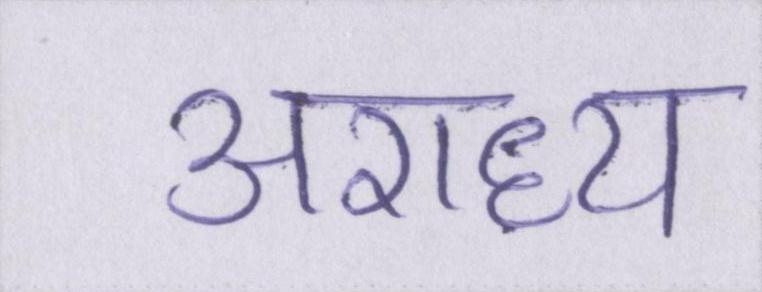
अराध्य